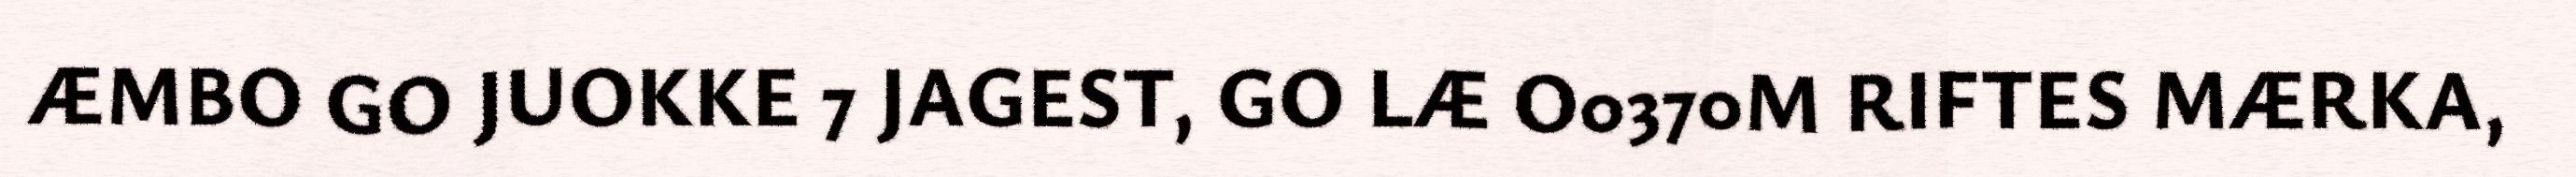
ÆMBO GO JUOKKE 7 JAGEST, GO LÆ O0370M RIFTES MÆRKA,